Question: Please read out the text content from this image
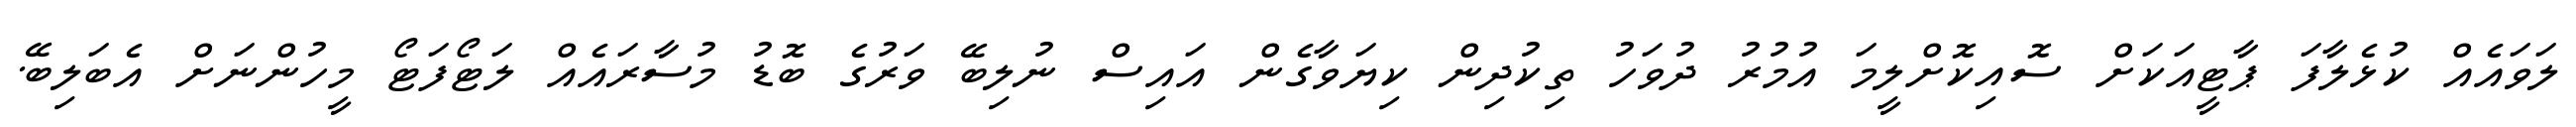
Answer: ލަވައެއް ކުޅެލާފަ ޕާޓީއަކަށް ސޮއިކޮށްލީމަ އުމުރު ދުވަހު ތިކުދިން ކިޔަވާގެން އައިސް ނުލިބޭ ވަރުގެ ބޮޑު މުސާރައެއް ލަޓޯފަޓޯ މީހުންނަށް އެބަލިބޭ.